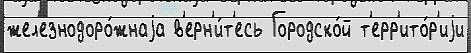
жел'езнодоро́жнаjа в'ерн'и́т'есь Городско́й т'ерр'ито́р'иjи